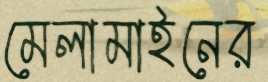
মেলামাইনের